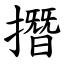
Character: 撍